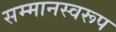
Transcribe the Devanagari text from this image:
सम्‍मानस्‍वरूप